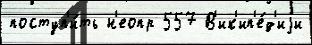
поступ'и́ть н'еопр 557 В'ик'ип'е́д'иjи